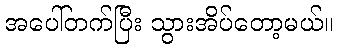
အပေါ်တက်ပြီး သွားအိပ်တော့မယ်။